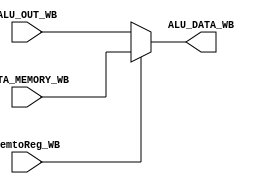
`timescale 1ns / 1ps
//////////////////////////////////////////////////////////////////////////////////
// Company: 
// Engineer: 
// 
// Design Name: 
// Module Name: WB
// Project Name: 
// Target Devices: 
// Tool Versions: 
// Description: 
// 
// Dependencies: 
// 
// Revision:
// Revision 0.01 - File Created
// Additional Comments:
// 
//////////////////////////////////////////////////////////////////////////////////


module WB(
    input [31:0] DATA_MEMORY_WB, ALU_OUT_WB,  
    input MemtoReg_WB,
    output [31:0] ALU_DATA_WB);
    
    reg [31:0] RESULT_WB;
    
    always @* begin
        if (MemtoReg_WB) begin
           RESULT_WB = DATA_MEMORY_WB;
        end
        else begin
            RESULT_WB = ALU_OUT_WB;
        end
   end 
   
   assign ALU_DATA_WB = RESULT_WB;
endmodule